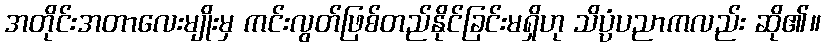
အတိုင်းအတာလေးမျိုးမှ ကင်းလွတ်ဖြစ်တည်နိုင်ခြင်းမရှိဟု သိပ္ပံပညာကလည်း ဆို၏။